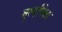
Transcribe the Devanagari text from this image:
मूर्त्यांपेक्षा